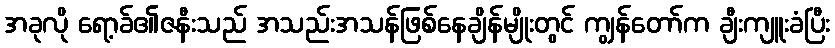
အခုလို ရော့ခ်၏ဇနီးသည် အသည်းအသန်ဖြစ်နေချိန်မျိုးတွင် ကျွန်တော်က ချီးကျူးခံပြီး